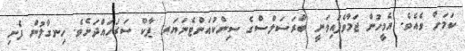
ކަމަށް ވެއެވެ. އެމީހުން ޖަމާވެފައިވަނީ ބްރަސަލްސްގެ ސިންކުއަންޓެނަޔަރ ޕާކް ސަރަހައްދަށެވެ. ހިނގާލުން ފެށި